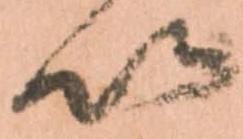
以